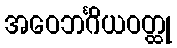
အဝေဘင်္ဂိယဝတ္ထု